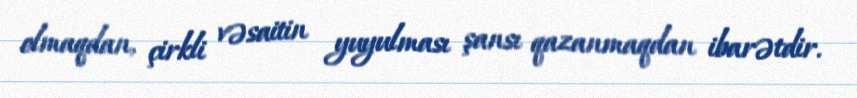
olmaqdan, çirkli vəsaitin yuyulması şansı qazanmaqdan ibarətdir.